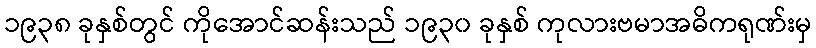
၁၉၃၈ ခုနှစ်တွင် ကိုအောင်ဆန်းသည် ၁၉၃၀ ခုနှစ် ကုလားဗမာအဓိကရုဏ်းမှ